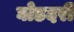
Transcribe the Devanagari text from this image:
घोडदरी